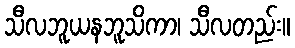
သီလဘူယနဘူသိကာ၊ သီလတည်း။